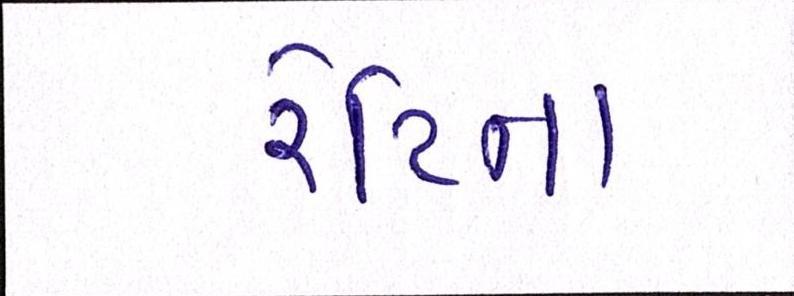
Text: રેટિના